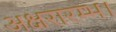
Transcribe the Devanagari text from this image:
अक्षरारम्भ।